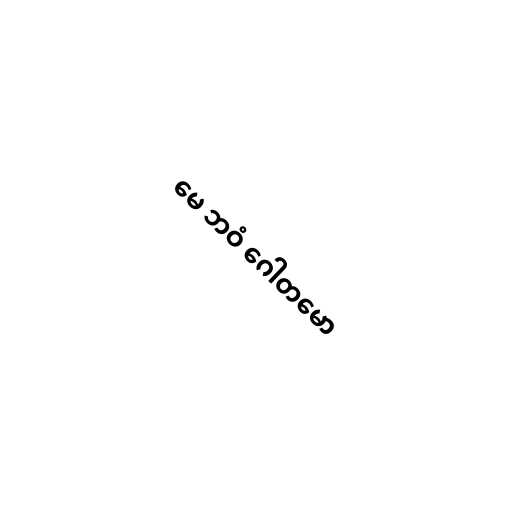
မေ ဘဝံ ဂေါတမော